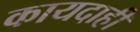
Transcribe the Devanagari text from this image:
कायदाही